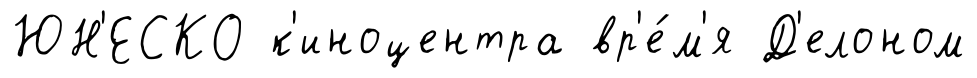
ЮН'ЕСКО к'иноцентра вр'е́м'я Д'елоном